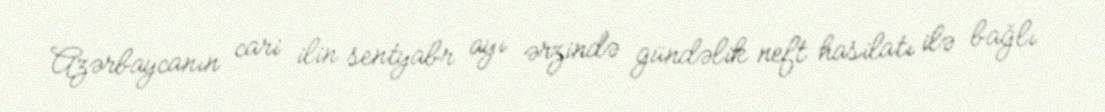
Azərbaycanın cari ilin sentyabr ayı ərzində gündəlik neft hasilatı ilə bağlı